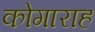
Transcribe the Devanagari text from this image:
कोगाराह